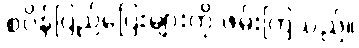
စပိန်ပြည်ပြေးများကို ဖမ်းကြသည်။